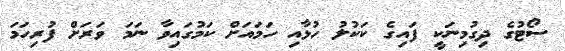
ސޯޓުގެ ދިގުމިނަކީ ފައިގެ ކަކުލު ހުޅާއި ހަމައަށް ކަމުގައިވާ ނަމަ ވަރަށް ފުރިހަމަ